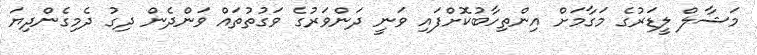
މަޝާލް ލީޑަރުގެ މަގާމަށް އިންތިހާބުކޮށްފައި ވަނީ ދަންވަރުގެ ވަގުތުތައް ވަންދެން ދިގު ދެމިގެންދިޔަ